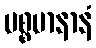
ပစ္စမာနာနံ